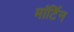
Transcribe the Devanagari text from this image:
मांर्टिन